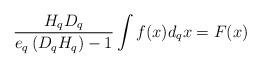
LaTeX: \begin{align*}\frac{H_{q}D_{q}}{e_{q}\left( D_{q}H_{q}\right) -1}\int f(x)d_{q}x=F(x)\end{align*}